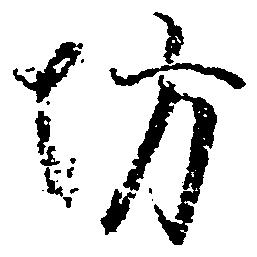
坊